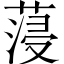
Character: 蓡